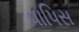
વાપિસ